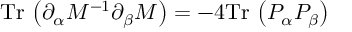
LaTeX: \mathrm { T r } \, \left( \partial _ { \alpha } M ^ { - 1 } \partial _ { \beta } M \right) = - 4 \mathrm { T r } \, \left( P _ { \alpha } P _ { \beta } \right)